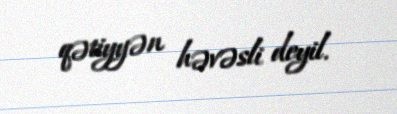
qətiyyən həvəsli deyil.